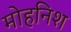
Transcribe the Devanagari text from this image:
मोहनिश